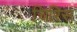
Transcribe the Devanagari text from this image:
चिरिस